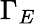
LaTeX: \Gamma_{E}